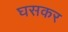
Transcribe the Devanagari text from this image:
घसकर